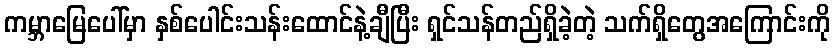
ကမ္ဘာမြေပေါ်မှာ နှစ်ပေါင်းသန်းထောင်နဲ့ချီပြီး ရှင်သန်တည်ရှိခဲ့တဲ့ သက်ရှိတွေအကြောင်းကို